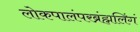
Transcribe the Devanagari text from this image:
लोकपालंपरब्रंह्मलिंगं